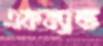
একব্যান্ড